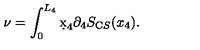
\nu = \int _ { 0 } ^ { L _ { 4 } } \d x _ { 4 } \partial _ { 4 } S _ { \mathrm C S } ( x _ { 4 } ) .